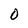
Character: 0